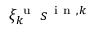
\xi _ { k } ^ { \mathrm { ~ u ~ } } \: s ^ { \mathrm { ~ i ~ n ~ } , k }